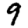
Digit: 9